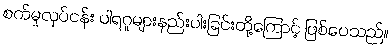
စက်မှုလုပ်ငန်း ပါရဂူများနည်းပါးခြင်းတို့ကြောင့် ဖြစ်ပေသည်။